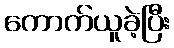
ကောက်ယူခဲ့ပြီး